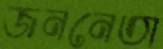
জননেতা